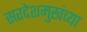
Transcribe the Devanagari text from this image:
सरदेशमुखंच्या